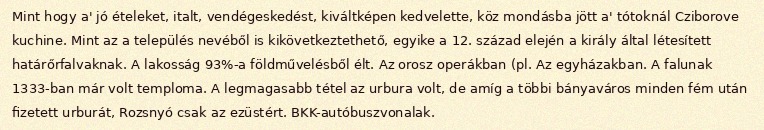
Mint hogy a' jó ételeket, italt, vendégeskedést, kiváltképen kedvelette, köz mondásba jött a' tótoknál Cziborove kuchine. Mint az a település nevéből is kikövetkeztethető, egyike a 12. század elején a király által létesített határőrfalvaknak. A lakosság 93%-a földművelésből élt. Az orosz operákban (pl. Az egyházakban. A falunak 1333-ban már volt temploma. A legmagasabb tétel az urbura volt, de amíg a többi bányaváros minden fém után fizetett urburát, Rozsnyó csak az ezüstért. BKK-autóbuszvonalak.